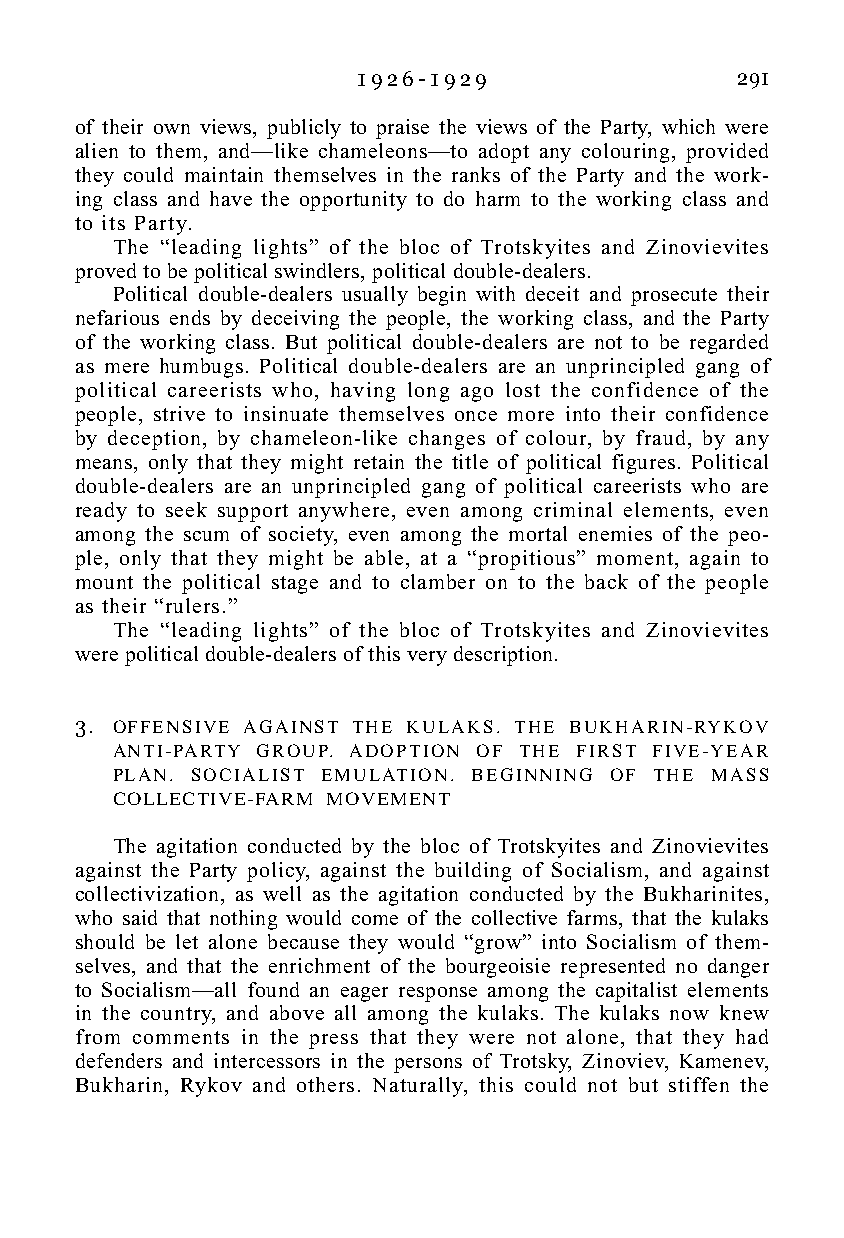
1 9 2 6 - 1 9 2 9        291
 of their own views, publicly to praise the views of the Party, which were
 alien to them, and—like chameleons—to adopt any colouring, provided
 they could maintain themselves in the ranks of the Party and the work-
 ing class and have the opportunity to do harm to the working class and
 to its Party.
 The “leading lights” of the bloc of Trotskyites and Zinovievites
 proved to be political swindlers, political double-dealers.
 Political double-dealers usually begin with deceit and prosecute their
 nefarious ends by deceiving the people, the working class, and the Party
 of the working class. But political double-dealers are not to be regarded
 as mere humbugs. Political double-dealers are an unprincipled gang of
 political careerists who, having long ago lost the confidence of the
 people, strive to insinuate themselves once more into their confidence
 by deception, by chameleon-like changes of colour, by fraud, by any
 means, only that they might retain the title of political figures. Political
 double-dealers are an unprincipled gang of political careerists who are
 ready to seek support anywhere, even among criminal elements, even
 among the scum of society, even among the mortal enemies of the peo-
 ple, only that they might be able, at a “propitious” moment, again to
 mount the political stage and to clamber on to the back of the people
 as their “rulers.”
 The “leading lights” of the bloc of Trotskyites and Zinovievites
 were political double-dealers of this very description.
 3. OFFENSIVE AGAINST THE KULAKS. THE BUKHARIN-RYKOV
 ANTI-PARTY GROUP. ADOPTION OF THE FIRST FIVE-YEAR
 PLAN. SOCIALIST EMULATION. BEGINNING OF THE MASS
 COLLECTIVE-FARM MOVEMENT
 The agitation conducted by the bloc of Trotskyites and Zinovievites
 against the Party policy, against the building of Socialism, and against
 collectivization, as well as the agitation conducted by the Bukharinites,
 who said that nothing would come of the collective farms, that the kulaks
 should be let alone because they would “grow” into Socialism of them-
 selves, and that the enrichment of the bourgeoisie represented no danger
 to Socialism—all found an eager response among the capitalist elements
 in the country, and above all among the kulaks. The kulaks now knew
 from comments in the press that they were not alone, that they had
 defenders and intercessors in the persons of Trotsky, Zinoviev, Kamenev,
 Bukharin, Rykov and others. Naturally, this could not but stiffen the